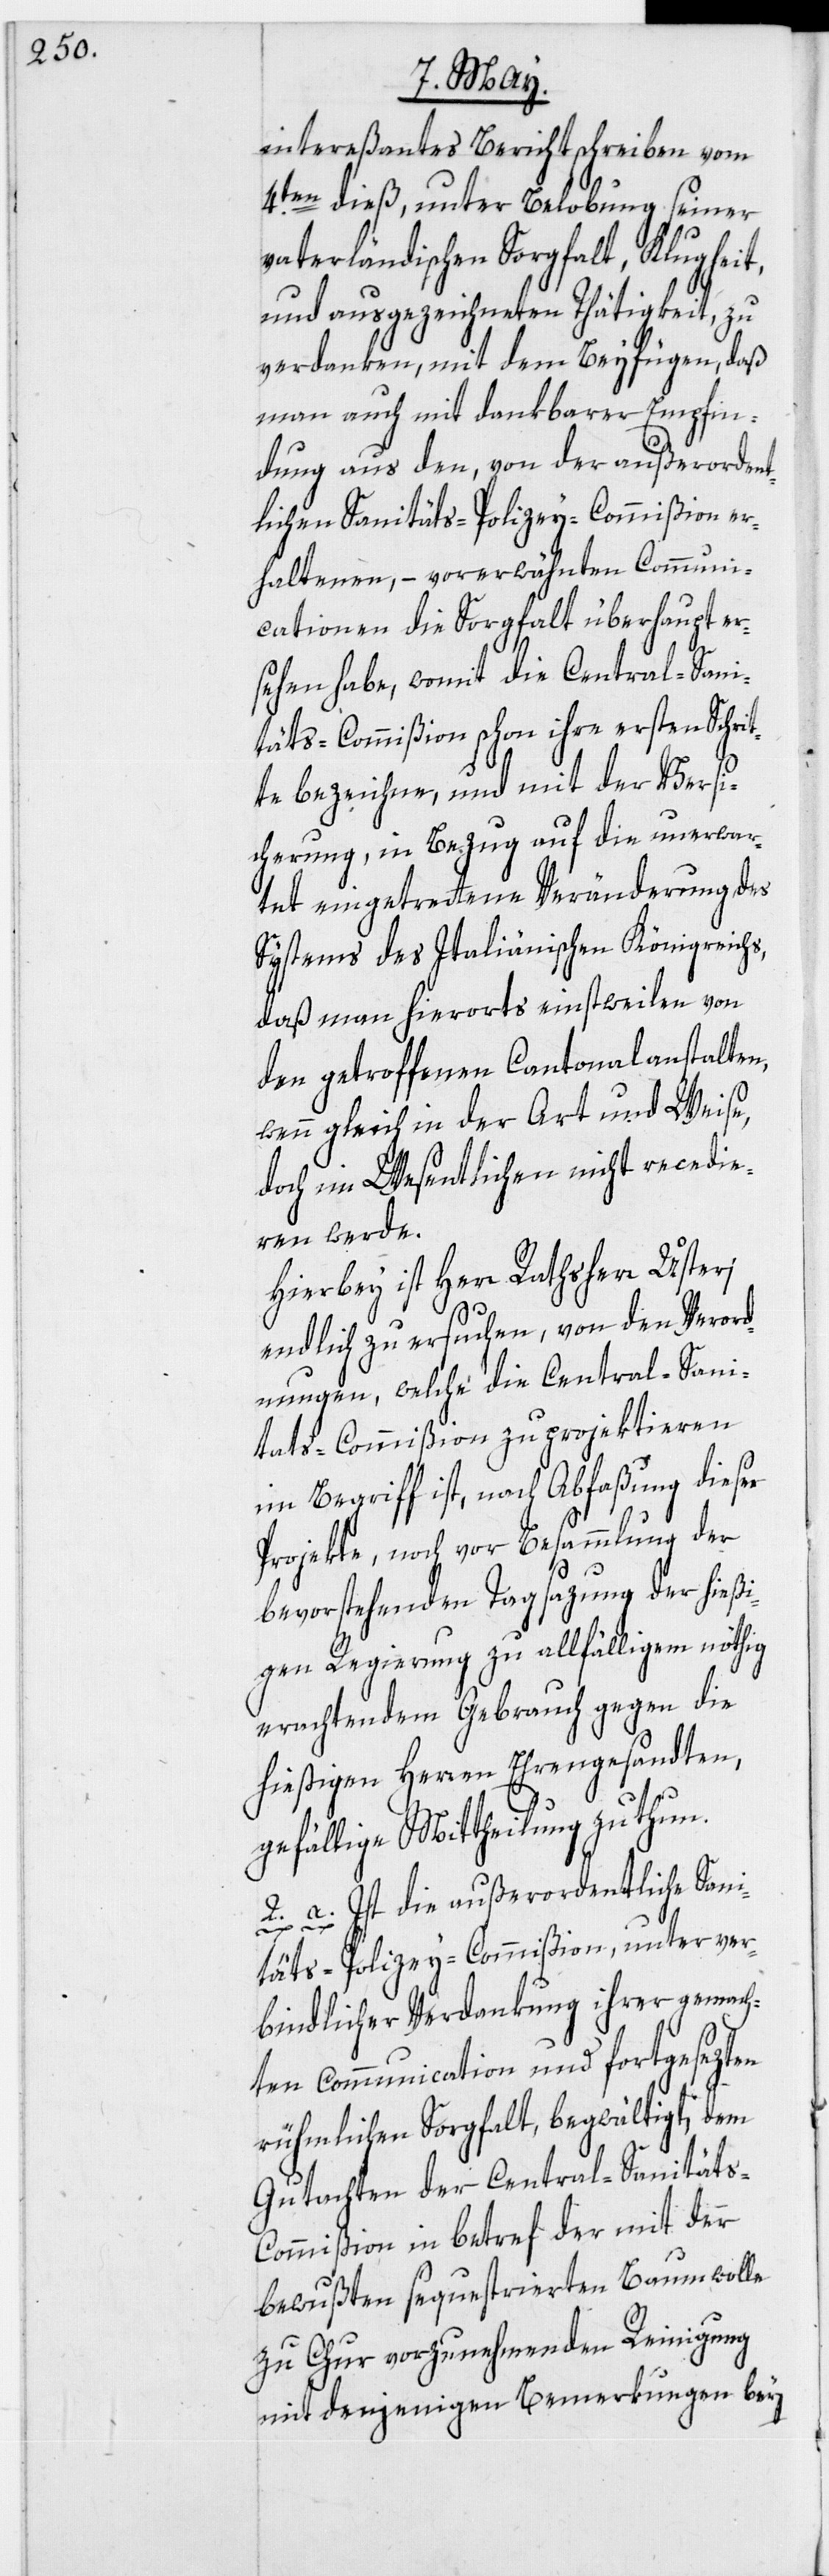
intereßantes Berichtschreiben vom
4.ten dieß, unter Belobung seiner
vaterländischen Sorgfalt, Klugheit,
und ausgezeichneten Thätigkeit, zu
verdanken, mit dem Beyfügen, daß
man auch mit dankbarer Empfin¬
dung aus den, von der außerorden¬
tlichen Sanitäts-Polizey-Commißion er¬
haltenen, – vorerwähnten Communi¬
cationen die Sorgfalt überhaupt er¬
sehen habe, womit die Central-Sani¬
täts-Commißion schon ihre ersten Schri¬
tte bezeichne, und mit der Versi¬
cherung, in Bezug auf die unerwar¬
tet eingetrettene Veränderung des
Systems des Italiänischen Königreichs,
daß man hierorts einstweilen von
den getroffenen Cantonalanstalten,
wenn gleich in der Art und Weise,
doch im Wesentlichen nicht recedie¬
ren werde.
Hierbey ist Herr Rathsherr Usteri
endlich zu ersuchen, von den Verord¬
nungen, welche die Central-Sani¬
tats-Commißion zu projektieren
im Begriff ist, nach Abfaßung dieser
Projekte, noch vor Besammlung der
bevorstehenden Tagsazung der hießi¬
gen Regierung zu allfälligem nöthig
erachtendem Gebrauch gegen die
hießigen Herren Ehrengesandten,
gefällige Mittheilung zu thun.
2. a. Ist die außerordentliche Sani¬
täts-Polizey-Commißion, unter ver¬
bindlicher Verdankung ihrer gemach¬
ten Communication und fortgesezten
rühmlichen Sorgfalt, begwätigt, dem
Gutachten der Central-Sanitäts-C¬
ommißion in betref der mit der
bewußten sequestrierten Baumwolle
zu Chur vorzunehmenden Reinigung
mit denjenigen Bemerkungen bey